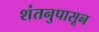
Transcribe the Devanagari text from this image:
शंतनुपासून